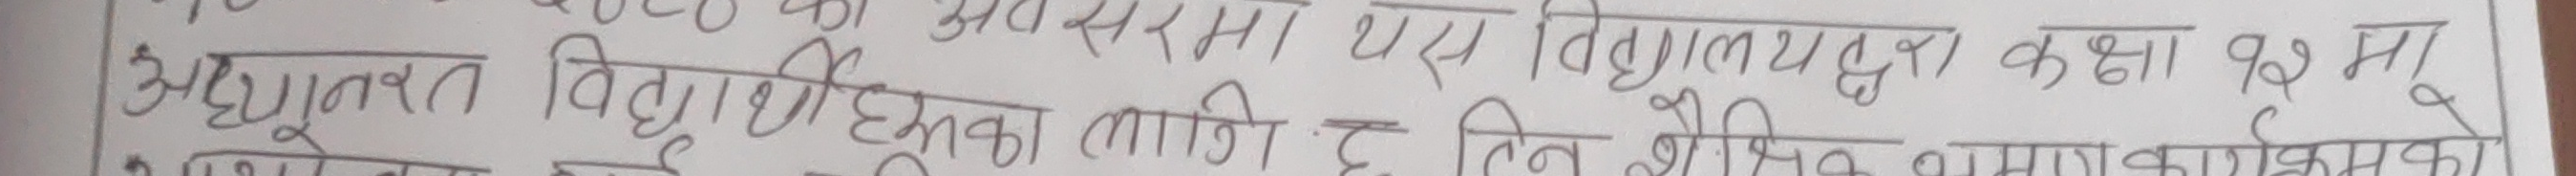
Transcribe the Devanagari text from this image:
अनुभुत विद्यार्थीहरुका लागी ३ दिन शैक्षिक कार्यकमको